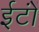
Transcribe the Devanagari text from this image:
ईटोंं